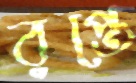
রপ্তে